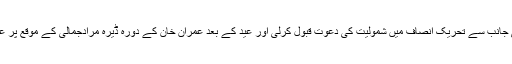
07 جون2018ء) سابق وزیر اعظم میرظفراللہ جمالی نے عمران خان کی جانب سے تحریک انصاف میں شمولیت کی دعوت قبول کرلی اور عید کے بعد عمران خان کے دورہ ڈیرہ مرادجمالی کے موقع پر عظیم الشان جلسہ میں پی ٹی آئی میں باضابطہ شمولیت کا اعلان کریں گے ۔